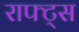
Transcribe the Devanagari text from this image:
राफ्ट्स